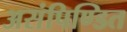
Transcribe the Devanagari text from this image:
असंपिण्डित